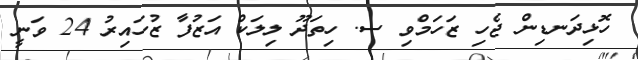
ހޮޅިދަނޑިން ޖެހި ޒަހަމްވި ސ. ހިތަދޫ ލިލަކް އަޒުފާ ޒުހައިރު 24 ވަނީ